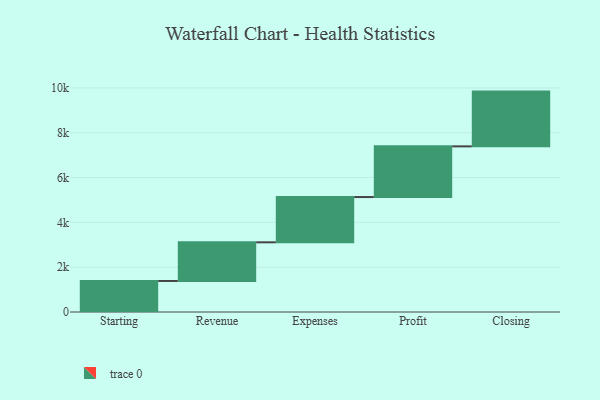
{"axis": {"x": "Step", "y": "Value"}, "legend": [""], "data": [{"x": "Starting", "y": 1385.0, "type": ""}, {"x": "Revenue", "y": 1725.0, "type": ""}, {"x": "Expenses", "y": 2020.0, "type": ""}, {"x": "Profit", "y": 2262.0, "type": ""}, {"x": "Closing", "y": 2444.0, "type": ""}]}